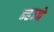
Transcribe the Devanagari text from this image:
म्हञ्जे